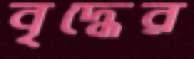
বৃদ্ধের